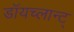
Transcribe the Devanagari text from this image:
डॉयच्लान्ट्